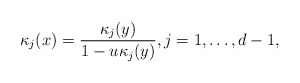
\begin{align*}\kappa_j(x)=\frac{\kappa_j(y)}{1-u\kappa_j(y)},j=1,\ldots,d-1,\end{align*}